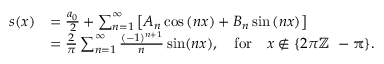
{ \begin{array} { r l } { s ( x ) } & { = { \frac { a _ { 0 } } { 2 } } + \sum _ { n = 1 } ^ { \infty } \left[ A _ { n } \cos \left( n x \right) + B _ { n } \sin \left( n x \right) \right] } \\ & { = { \frac { 2 } { \pi } } \sum _ { n = 1 } ^ { \infty } { \frac { ( - 1 ) ^ { n + 1 } } { n } } \sin ( n x ) , \quad \mathrm { f o r } \quad x \notin \{ 2 \pi \mathbb { Z \ - \pi } \} . } \end{array} }